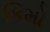
કિમો